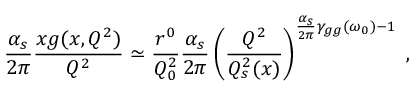
{ \frac { \alpha _ { s } } { 2 \pi } } { \frac { x g ( x , Q ^ { 2 } ) } { Q ^ { 2 } } } \simeq { \frac { r ^ { 0 } } { Q _ { 0 } ^ { 2 } } } { \frac { \alpha _ { s } } { 2 \pi } } \left( { \frac { Q ^ { 2 } } { Q _ { s } ^ { 2 } ( x ) } } \right) ^ { { \frac { \alpha _ { s } } { 2 \pi } } \gamma _ { g g } ( \omega _ { 0 } ) - 1 } \; ,